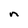
Character: n